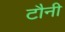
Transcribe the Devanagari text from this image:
टौनी